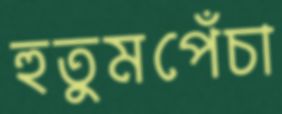
হুতুমপেঁচা